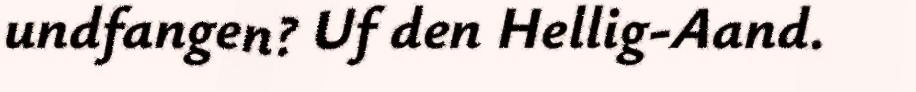
undfangen? Uf den Hellig-Aand.